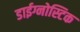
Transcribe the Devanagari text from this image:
डाईग्नोस्टिक